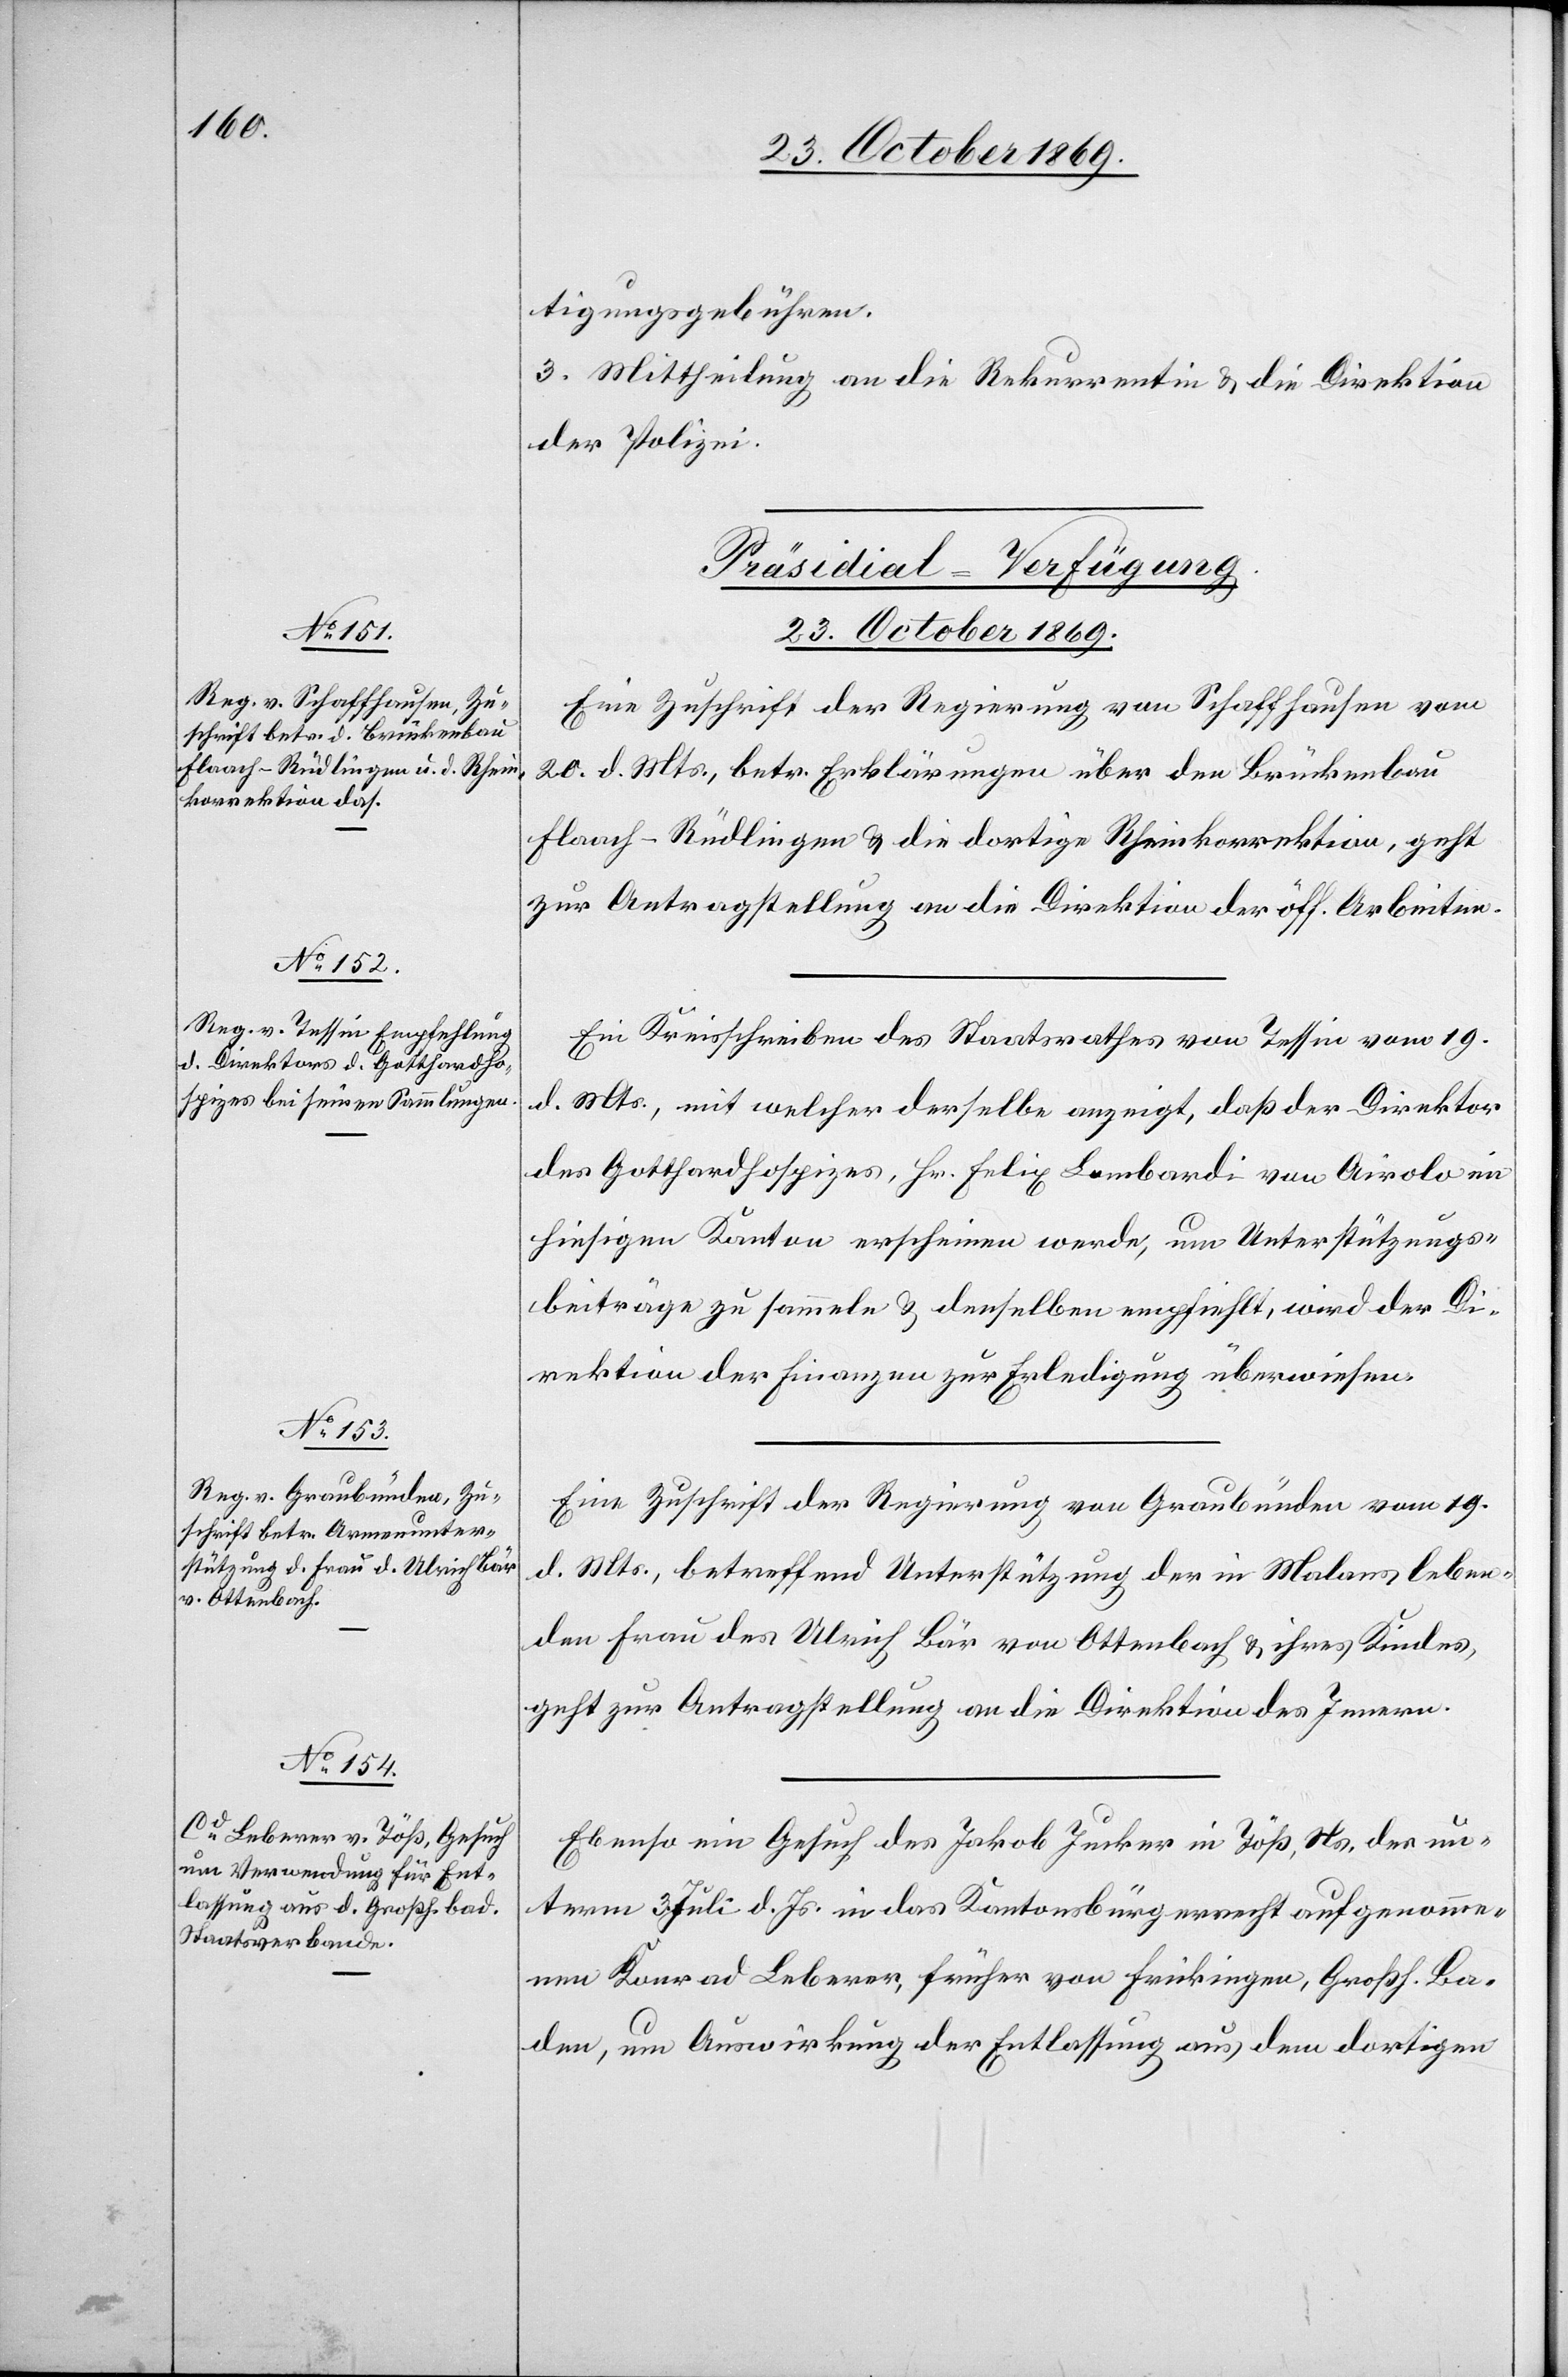
tigungsgebühren.
3. Mittheilung an die Rekurrentin & die Direktion
der Polizei.
[Präsidial-Verfügung.
23. October 1869.]
Eine Zuschrift der Regierung von Schaffhausen vom
20. d. Mts., betr. Erklärungen über den Brückenbau
Flaach–Rüdlingen & die dortige Rheinkorrektion, geht
zur Antragstellung an die Direktion der öff. Arbeiten.
Ein Kreisschreiben des Staatsrathes von Tessin vom 19.
d. Mts., mit welcher derselbe anzeigt, daß der Direktor
des Gotthardhospizes, Hr. Felix Lombardi von Airolo im
hiesigen Kanton erscheinen werde, um Unterstützungs¬
beiträge zu sammeln & denselben empfiehlt, wird der Di¬
rektion der Finanzen zur Erledigung überwiesen.
Eine Zuschrift der Regierung von Graubünden vom 19.
d. Mts., betreffend Unterstützung der in Malans leben¬
den Frau des Ulrich Bär von Ottenbach & ihres Kindes,
geht zur Antragstellung an die Direktion des Innern.
Ebenso ein Gesuch des Jakob Jucker in Töß, Ns. des un¬
term 3. Juli d. Js. in das Kantonsbürgerrecht aufgenomme¬
nen Konrad Leberer, früher von Frickingen, Großh. Ba¬
den, um Auswirkung der Entlassung aus dem dortigen